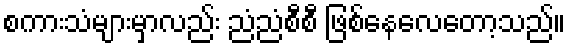
စကားသံများမှာလည်း ညံညံစီစီ ဖြစ်နေလေတော့သည်။